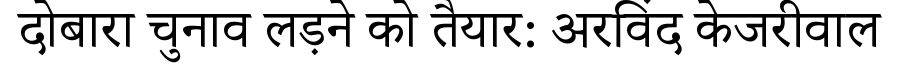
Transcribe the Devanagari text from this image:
दोबारा चुनाव लड़ने को तैयार: अरविंद केजरीवाल